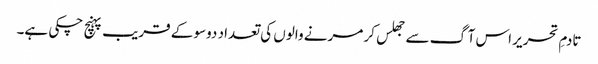
تادمِ تحریر اس آگ سے جھلس کر مرنے والوں کی تعداد دوسو کے قریب پہنچ چکی ہے۔